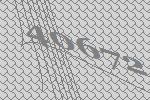
40672